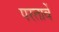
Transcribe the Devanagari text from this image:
परतावें